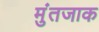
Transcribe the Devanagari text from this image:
मुंतजाक